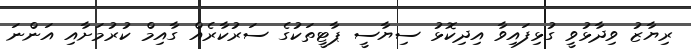
ރިޔާޒު ވިދާޅުވީ ގުޅިފައިވާ އިދިކޮޅު ސިޔާސީ ޕާޓީތަކުގެ ސަރުކާރެއް ގާއިމް ކުރުމަށާއި އަންނަ